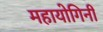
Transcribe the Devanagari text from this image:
महायोगिनी